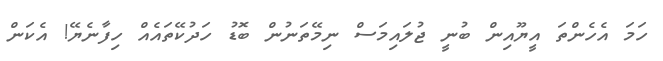
ހަމަ އެހެންތަ އީޔޫއިން ބުނީ ޖުލައިމަސް ނިމޭތަނުން ބޮޑު ހަދުކޭތައެއް ހިފާނެޔޭ! އެކަން